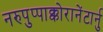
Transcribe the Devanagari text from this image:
नरुपुप्पाक्कोरानेंटार्नु